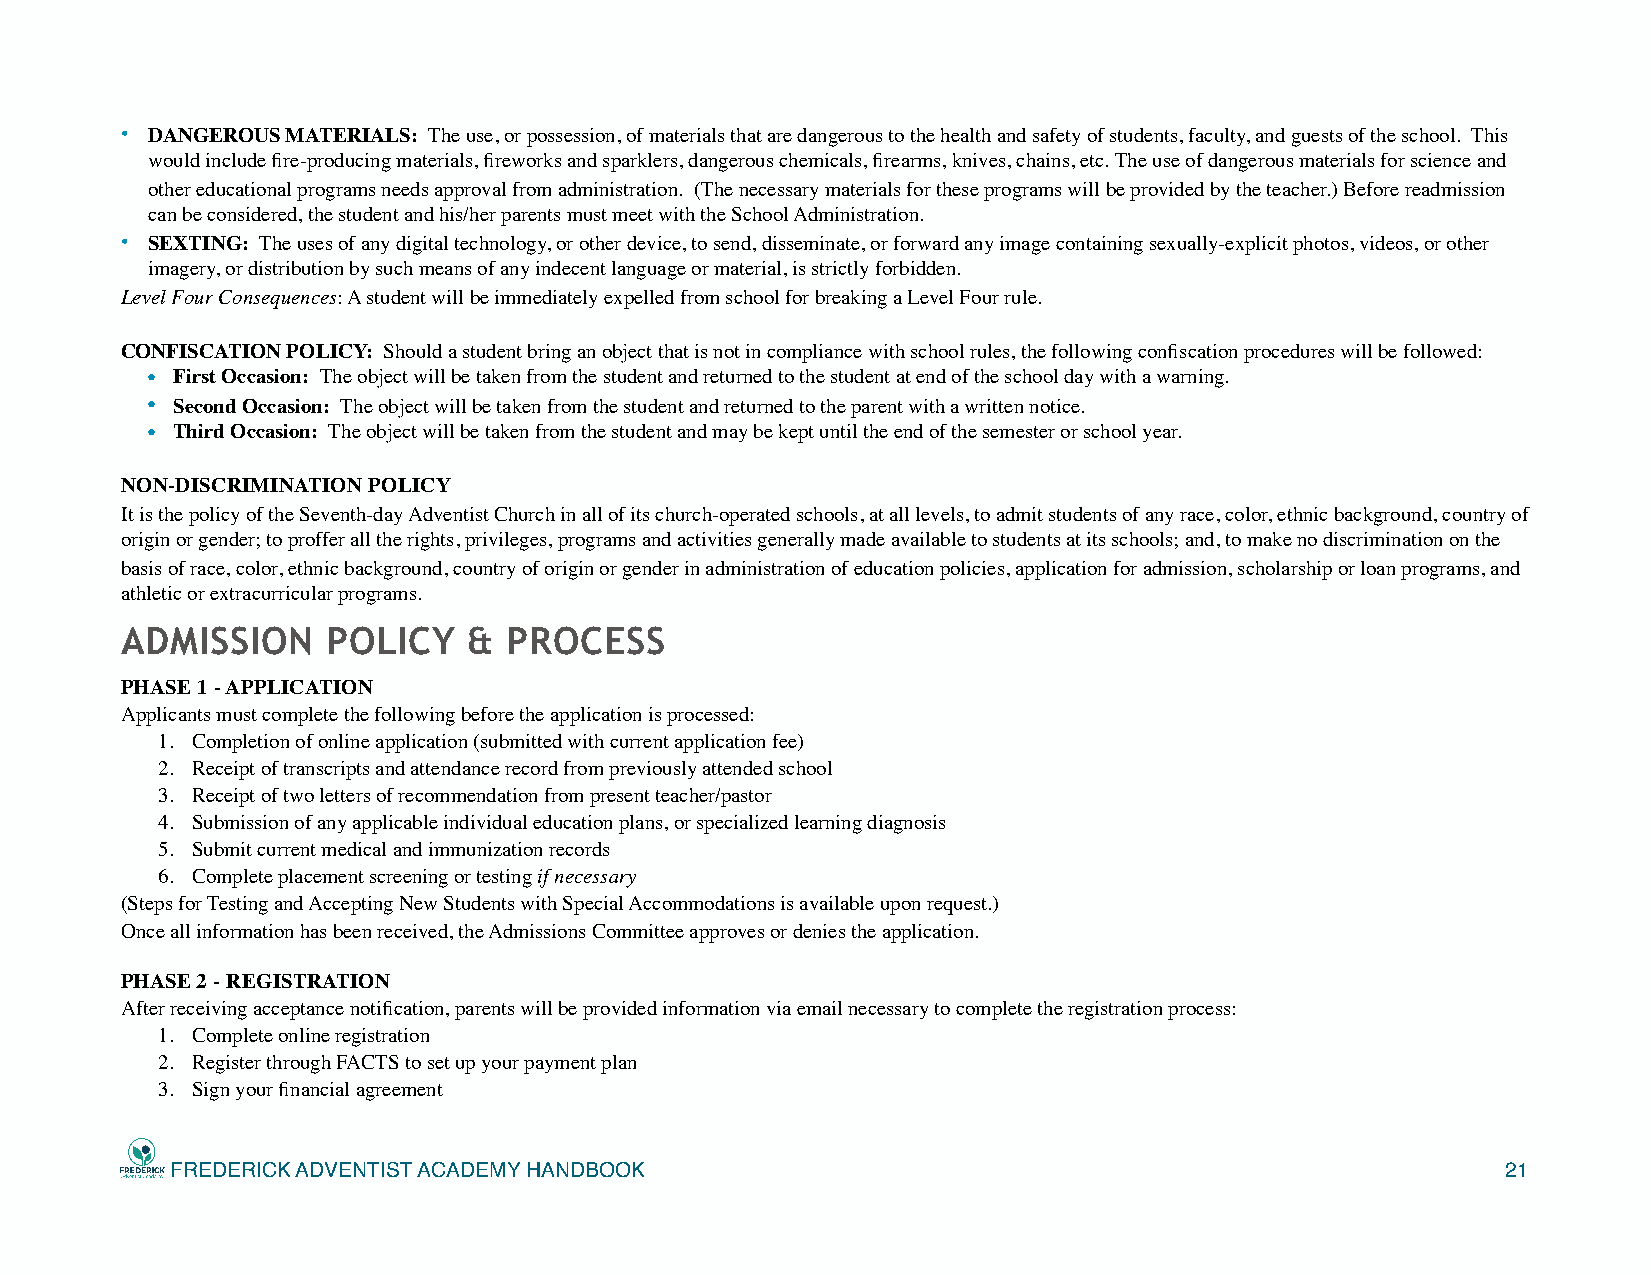
• DANGEROUS MATERIALS: The use, or possession, of materials that are dangerous to the health and safety of students, faculty, and guests of the school. This
 would include fire-producing materials, fireworks and sparklers, dangerous chemicals, firearms, knives, chains, etc. The use of dangerous materials for science and
 other educational programs needs approval from administration. (The necessary materials for these programs will be provided by the teacher.) Before readmission
 can be considered, the student and his/her parents must meet with the School Administration.
 • SEXTING: The uses of any digital technology, or other device, to send, disseminate, or forward any image containing sexually-explicit photos, videos, or other
 imagery, or distribution by such means of any indecent language or material, is strictly forbidden.
 Level Four Consequences: A student will be immediately expelled from school for breaking a Level Four rule.
 CONFISCATION POLICY: Should a student bring an object that is not in compliance with school rules, the following confiscation procedures will be followed:
 • First Occasion: The object will be taken from the student and returned to the student at end of the school day with a warning.
 • Second Occasion: The object will be taken from the student and returned to the parent with a written notice.
 • Third Occasion: The object will be taken from the student and may be kept until the end of the semester or school year.
 NON-DISCRIMINATION POLICY
 It is the policy of the Seventh-day Adventist Church in all of its church-operated schools, at all levels, to admit students of any race, color, ethnic background, country of
 origin or gender; to proffer all the rights, privileges, programs and activities generally made available to students at its schools; and, to make no discrimination on the
 basis of race, color, ethnic background, country of origin or gender in administration of education policies, application for admission, scholarship or loan programs, and
 athletic or extracurricular programs.
 ADMISSION     POLICY   &  PROCESS
 PHASE 1 - APPLICATION
 Applicants must complete the following before the application is processed:
 1. Completion of online application (submitted with current application fee)
 2. Receipt of transcripts and attendance record from previously attended school
 3. Receipt of two letters of recommendation from present teacher/pastor
 4. Submission of any applicable individual education plans, or specialized learning diagnosis
 5. Submit current medical and immunization records
 6. Complete placement screening or testing if necessary
 (Steps for Testing and Accepting New Students with Special Accommodations is available upon request.)
 Once all information has been received, the Admissions Committee approves or denies the application.
 PHASE 2 - REGISTRATION
 After receiving acceptance notification, parents will be provided information via email necessary to complete the registration process:
 1. Complete online registration
 2. Register through FACTS to set up your payment plan
 3. Sign your financial agreement
 FREDERICK ADVENTIST ACADEMY HANDBOOK                                                     21